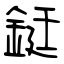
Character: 鋌